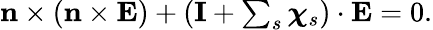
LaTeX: \begin{array}{r}{\mathbf{n}\times\left(\mathbf{n}\times\mathbf{E}\right)+\left(\mathbf{I}+\sum_{s}\boldsymbol{\chi}_{s}\right)\cdot\mathbf{E}=0.}\end{array}